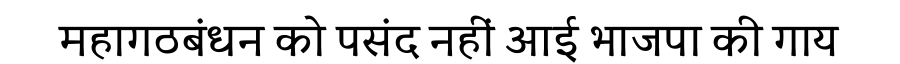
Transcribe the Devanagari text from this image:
महागठबंधन को पसंद नहीं आई भाजपा की गाय